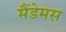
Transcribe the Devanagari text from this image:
मैंडेमस